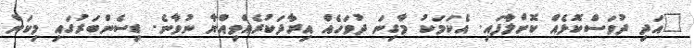
"އަދި ދުވަސްކޮޅެއް ކޮށްލާފައި. އެކަމަކު މާގިނަ ދުވަހެއް އިރާދަކުރެއްވިއްޔާ ނުވާނެ. ޑިސެންބަރުގައި މިކަން